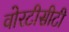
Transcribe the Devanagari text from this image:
वोरटीसीटी